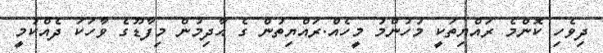
ދިވެހި ކޮންމެ ރައްޔިތަކީ މުހުންމު މީހެއް.ރައްޔިތުން ގެ ޙާދިމުން މިފާޑޫގެ ވާހަކަ ދެއްކުމީ